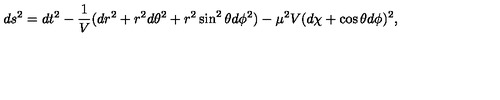
d s ^ { 2 } = d t ^ { 2 } - \frac { 1 } { V } ( d r ^ { 2 } + r ^ { 2 } d \theta ^ { 2 } + r ^ { 2 } \sin ^ { 2 } \theta d \phi ^ { 2 } ) - \mu ^ { 2 } V ( d \chi + \cos \theta d \phi ) ^ { 2 } ,